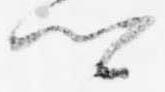
卿